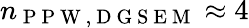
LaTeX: n_{\mathrm{~P~P~W~,~D~G~S~E~M~}}\approx 4